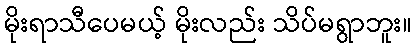
မိုးရာသီပေမယ့် မိုးလည်း သိပ်မရွာဘူး။